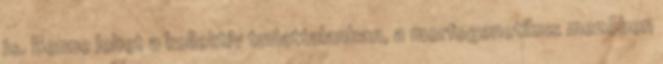
is. Benne lehet a kollektív tudattalanban, a morfogenetikus mezõben